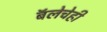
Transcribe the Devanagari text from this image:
बॅलेचेही